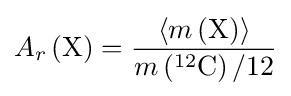
A_{r}\left({\rm {X}}\right)={\frac {\langle m\left({\rm {X}}\right)\rangle }{m\left(^{12}{\rm {C}}\right)/12}}